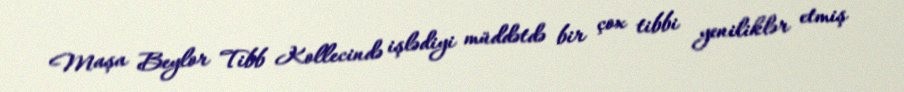
Maşa Beylor Tibb Kollecində işlədiyi müddətdə bir çox tibbi yeniliklər etmiş